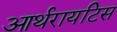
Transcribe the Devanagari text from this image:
आर्थरायटिस